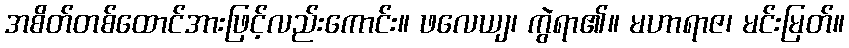
အစိတ်တစ်ထောင်အားဖြင့်လည်းကောင်း။ ဖလေယျ၊ ကွဲရာ၏။ မဟာရာဇ၊ မင်းမြတ်။